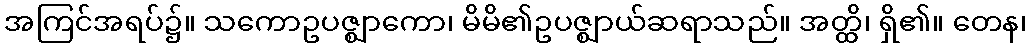
အကြင်အရပ်၌။ သကောဥပဇ္ဈာကော၊ မိမိ၏ဥပဇ္ဈာယ်ဆရာသည်။ အတ္ထိ၊ ရှိ၏။ တေန၊